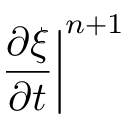
\left. \frac { \partial \xi } { \partial t } \right| ^ { n + 1 }